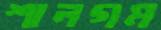
শালগম